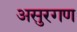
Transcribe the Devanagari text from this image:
असुरगण